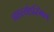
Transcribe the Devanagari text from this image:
प्रशस्तोऽस्मिन्